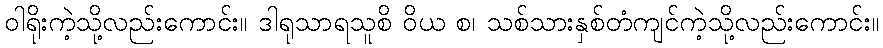
ဝါရိုးကဲ့သို့လည်းကောင်း။ ဒါရုသာရသူစိ ဝိယ စ၊ သစ်သားနှစ်တံကျင်ကဲ့သို့လည်းကောင်း။